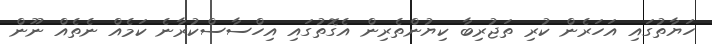
ހަޔާތުގައި އަހަރެން ކުރި ތަޖުރިބާ ކިޔުންތެރިން އެގޮތުގައި އިހްސާސްކުރާނެ ކަމެއް ނެތެއް ނޫން